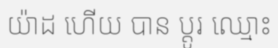
យ៉ាដ ហើយ បាន ប្តូរ ឈ្មោះ